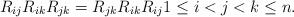
LaTeX: \begin{gather*} R_{ij} R_{ik} R_{jk}=R_{jk} R_{ik} R_{ij} 1 \le i < j < k\le n.\end{gather*}